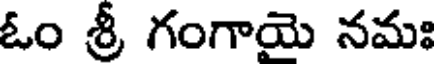
ఓం శ్రీ గంగాయై నమః